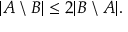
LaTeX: | A \setminus B | \leq 2 | B \setminus A | .